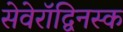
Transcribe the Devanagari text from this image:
सेवेरॉद्विनस्क